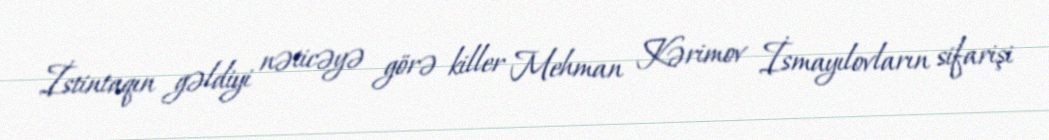
İstintaqın gəldiyi nəticəyə görə killer Mehman Kərimov İsmayılovların sifarişi